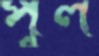
পুল